Medical and sanitary report of the native army of Madras for the year
Year: 1876
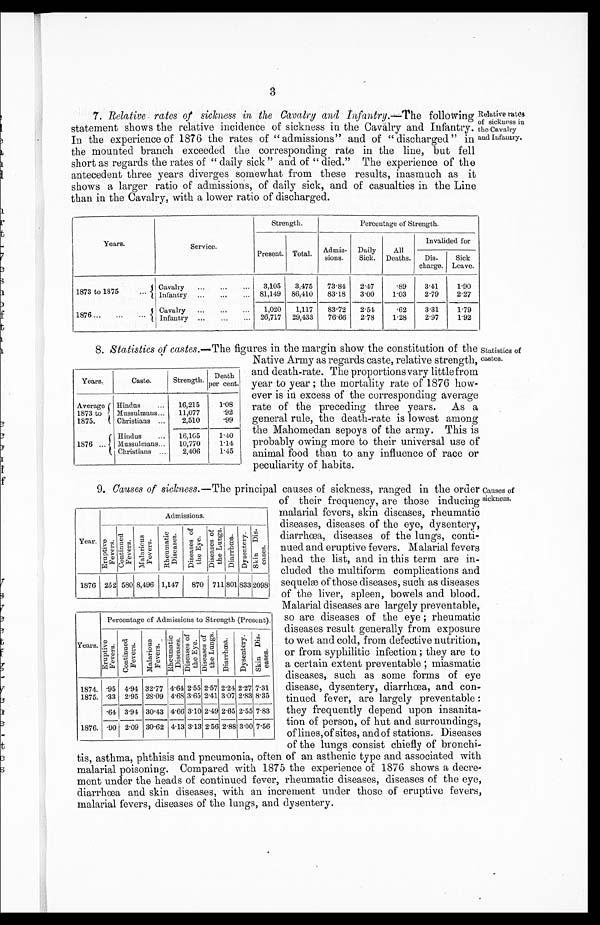
Year.
Admissions.
E r u p t i v e F e v e r s .
C o n t i n u e d F e v e r s . Ma l a r i o u s F e v e r s .
R h e u m a t i c D i s e a s e s .
D i s e a s e s o f t h e E y e .
D i s e a s e s o f t h e L u n g s . D i a r r h œ a . Dy s e n t e r y . S k i n D i s - e a s e s .
1876 252 580 8,496 1,147 870 711
8 0 1
833
2 0 9 8
Years.
Percentage of Admissions to Strength (Present).
E r u p t i v e F e v e r s .
C o n t i n u e d F e v e r s .
Mal ar i ous Fever s
R h e u m a t i c D i s e a s e s .
Di s e a s e s of t he Eye . D i s e a s e s o f t h e L u n g s .
D i a r r h œ a .
D y s e n t e r y .
S k i n D i s - e a s e s .
1874. .95 4.94 32.77 4.64 2.55 2.57 2.24 2.27 7.31
1875. .33 2.95 28.09 4.68 3.65 2.41 3.07 2.83 8.35
.64 3.94 30.43 4.66 3.10 2.49 2.65 2.55 7.83
1876. .90 2.09 30.62 4.13 3.13 2.56 2.88 3.00 7.56
3
7. Relative, rates of sickness in the Cavalry and infantry.—The following
statement shows the relative incidence of sickness in the Cavalry and Infantry.
In the experience of 1876 the rates of "admissions" and of "discharged" in
the mounted branch exceeded the corresponding rate in the line, but fell
short as regards the rates of "daily sick" and of "died." The experience of the
antecedent three years diverges somewhat from these results, inasmuch as it
shows a larger ratio of admissions, of daily sick, and of casualties in the Line
than in the Cavalry, with a lower ratio of discharged.
Relative rat
es of sickness in
the Cavalry
and Infantry.
Years.
Service.
Strength.
Percentage of Strength.
Present. Total. Admits-
sions.
Daily
Sick.
All
Deaths.
Invalided for
Dis-
charge.
Sick
Leave.
1873 to 1875
Cavalry
3,105
3,475
7 3 . 8 4
2 . 4 7
.89
3.41
1 . 9 0
Infantry
81,149 86,410
83.18
3. 00
1.03
2.79
2.27
1876
Cavalry
1,020
1,117
8 3 . 7 2 2.54
.62
3.31
1.79
Infantry
26,717 29,433
76.66
2.78
1.28
2.97
1.92
8. Statistics of castes.—The figures in the margin show the constitution of the
Native Army as regards caste, relative strength,
and death-rate. The proportions vary little from
year to year; the mortality rate of 1876 how--
ever is in excess of the corresponding average
rate of the preceding three years. As a
general rule, the death-rate is lowest among
the Mohammedan sepoys of the army. This is
probably owing more to their universal use of
animal food than to any influence of race or
peculiarity of habits.
Years.
Caste.
Strength. Death
per cent.
Average
1873 to
1875.
Hindus
16,215
1.08
Mussulmans
11,077
. 9 2
Christians
2,510
. 9 9
1876
Hindus
16,165
1.40
Nussulmans 10,770
1.14
Christians
2,406
1.45
Statistics of
castes.
9. Causes of sickness.— The principal causes of sickness, ranged in the order
of their frequency, are those inducing
malarial fevers, skin diseases, rheumatic
diseases, diseases of the eye, dysentery,
diarrhœa, diseases of the lungs, conti--
nued and eruptive fevers. Malarial fevers
head the list, and in this term are in-
cluded the multiform complications and
sequelæ of those diseases, such as diseases
of the liver, spleen, bowels and blood.
Malarial diseases are largely preventable,
so are diseases of the eye; rheumatic
diseases result generally from exposure
to wet and cold, from defective nutrition,
or from syphilitic infection; they are to
a certain extent preventable; miasmatic
diseases, such as some forms of eye
disease, dysentery, diarrhœa, and con-
tinued fever, are largely preventable;
they frequently depend upon insanita-
tion of person, of hut and surroundings,
of lines, of sites, and of stations. Diseases
of the lungs consist chiefly of bronchi-
tis, asthma, phthisis and pneumonia, often of an asthenic type and associated with
malarial poisoning. Compared with 1875 the experience of 1876 shows a decre--
ment under the heads of continued fever, rheumatic diseases, diseases of the eye,
diarrhœa and skin diseases, with an increment under those of eruptive fevers,
malarial fevers, diseases of the lungs, and dysentery.
Causes of
sickness.